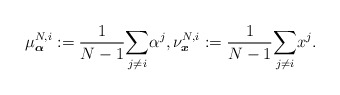
\begin{align*} \mu^{N,i}_{\boldsymbol{\alpha}}:=\frac{1}{N-1}\underset{j\neq i}{\sum} \alpha^j, \nu^{N,i}_{\boldsymbol{x}}:=\frac{1}{N-1}\underset{j\neq i}{\sum} x^j.\end{align*}